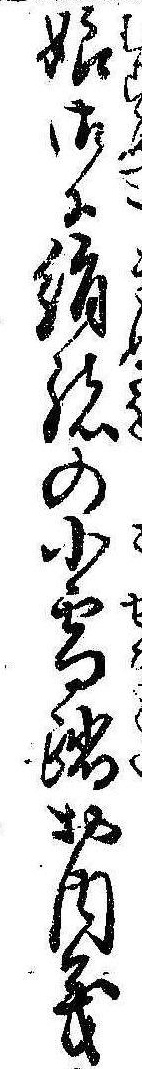
娘御に絹緒の小雪駄お内義